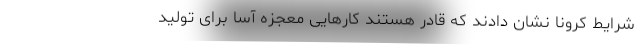
شرایط کرونا نشان دادند که قادر هستند کارهایی معجزه آسا برای تولید